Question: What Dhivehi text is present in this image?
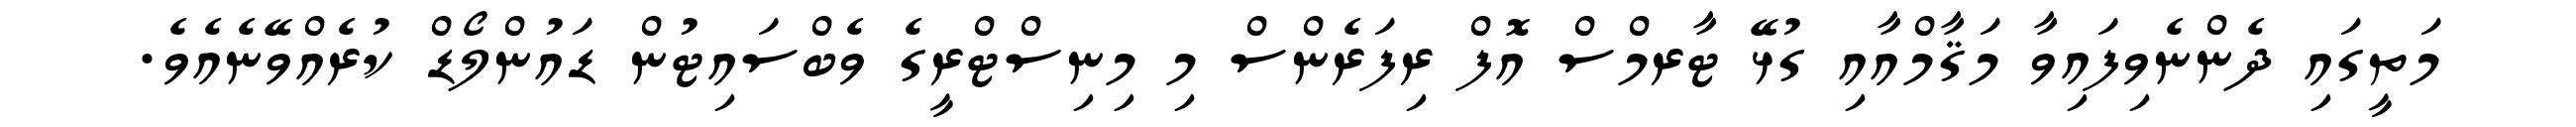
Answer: މަތީގައި ދެންނެވިފައިވާ މަޤާމްއާއި ގުޅޭ ޓާރމްސް އޮފް ރިފަރެންސް މި މިނިސްޓްރީގެ ވެބްސައިޓުން ޑައުންލޯޑް ކުރެއްވޭނެއެވެ.